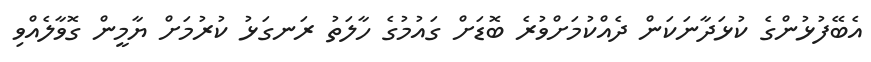
އެބޭފުޅުންގެ ކުޅަދާނަކަން ދެއްކުމަށްވުރެ ބޮޑަށް ގައުމުގެ ހާލަތު ރަނގަޅު ކުރުމަށް ޔާމީން ގޮވާލެއްވި